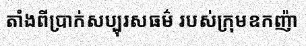
តាំងពីប្រាក់សប្បុរសធម៌ របស់ក្រុមឧកញ៉ា